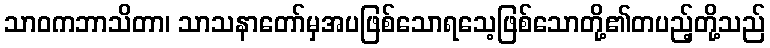
သာဝကဘာသိတာ၊ သာသနာတော်မှအပဖြစ်သောရသေ့ဖြစ်သောတို့၏တပည့်တို့သည်